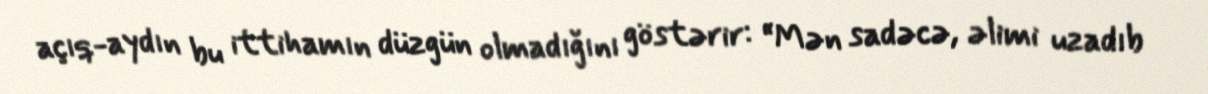
açıq-aydın bu ittihamın düzgün olmadığını göstərir: “Mən sadəcə, əlimi uzadıb